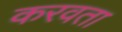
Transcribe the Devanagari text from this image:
करवता